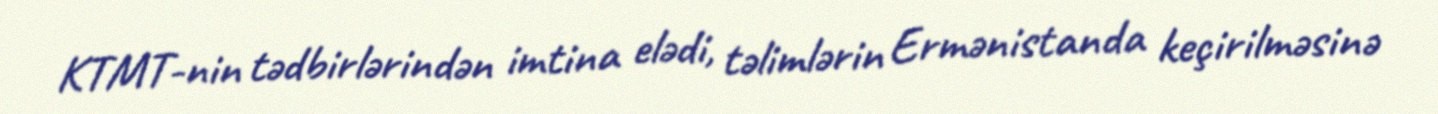
KTMT-nin tədbirlərindən imtina elədi, təlimlərin Ermənistanda keçirilməsinə